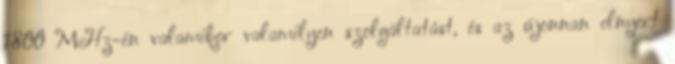
1800 MHz-én valamikor valamilyen szolgáltatást, és az újonnan elnyert